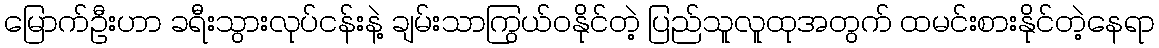
မြောက်ဦးဟာ ခရီးသွားလုပ်ငန်းနဲ့ ချမ်းသာကြွယ်ဝနိုင်တဲ့ ပြည်သူလူထုအတွက် ထမင်းစားနိုင်တဲ့နေရာ